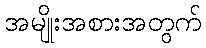
အမျိုးအစားအတွက်